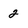
Character: 2